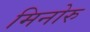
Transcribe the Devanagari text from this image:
मिनोरु